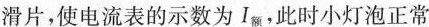
滑片，使电流表的示数为I_{额}。此时小灯泡正常